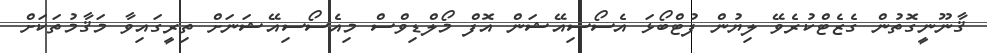
ޤާނޫނީގޮތުން ގެޒެޓްކުރެވޭ ލިޔުން ފުޓްބޯޅަ އެސޯސިއޭޝަން އޮފް މޯލްޑިވްސް މިއެސޯސިއޭޝަނަށް ތިރީގައިވާ މަޤާމުތަކަށް